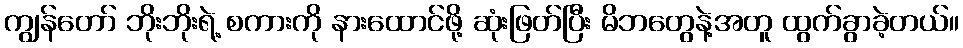
ကျွန်တော် ဘိုးဘိုးရဲ့ စကားကို နားထောင်ဖို့ ဆုံးဖြတ်ပြီး မိဘတွေနဲ့အတူ ထွက်ခွာခဲ့တယ်။